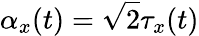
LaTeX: \alpha_{x}(t)=\sqrt{2}\tau_{x}(t)